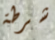
شرطة